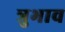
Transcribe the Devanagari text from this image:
त्रुभाव